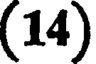
(14)